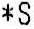
*S